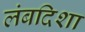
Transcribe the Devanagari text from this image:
लंबदिशा